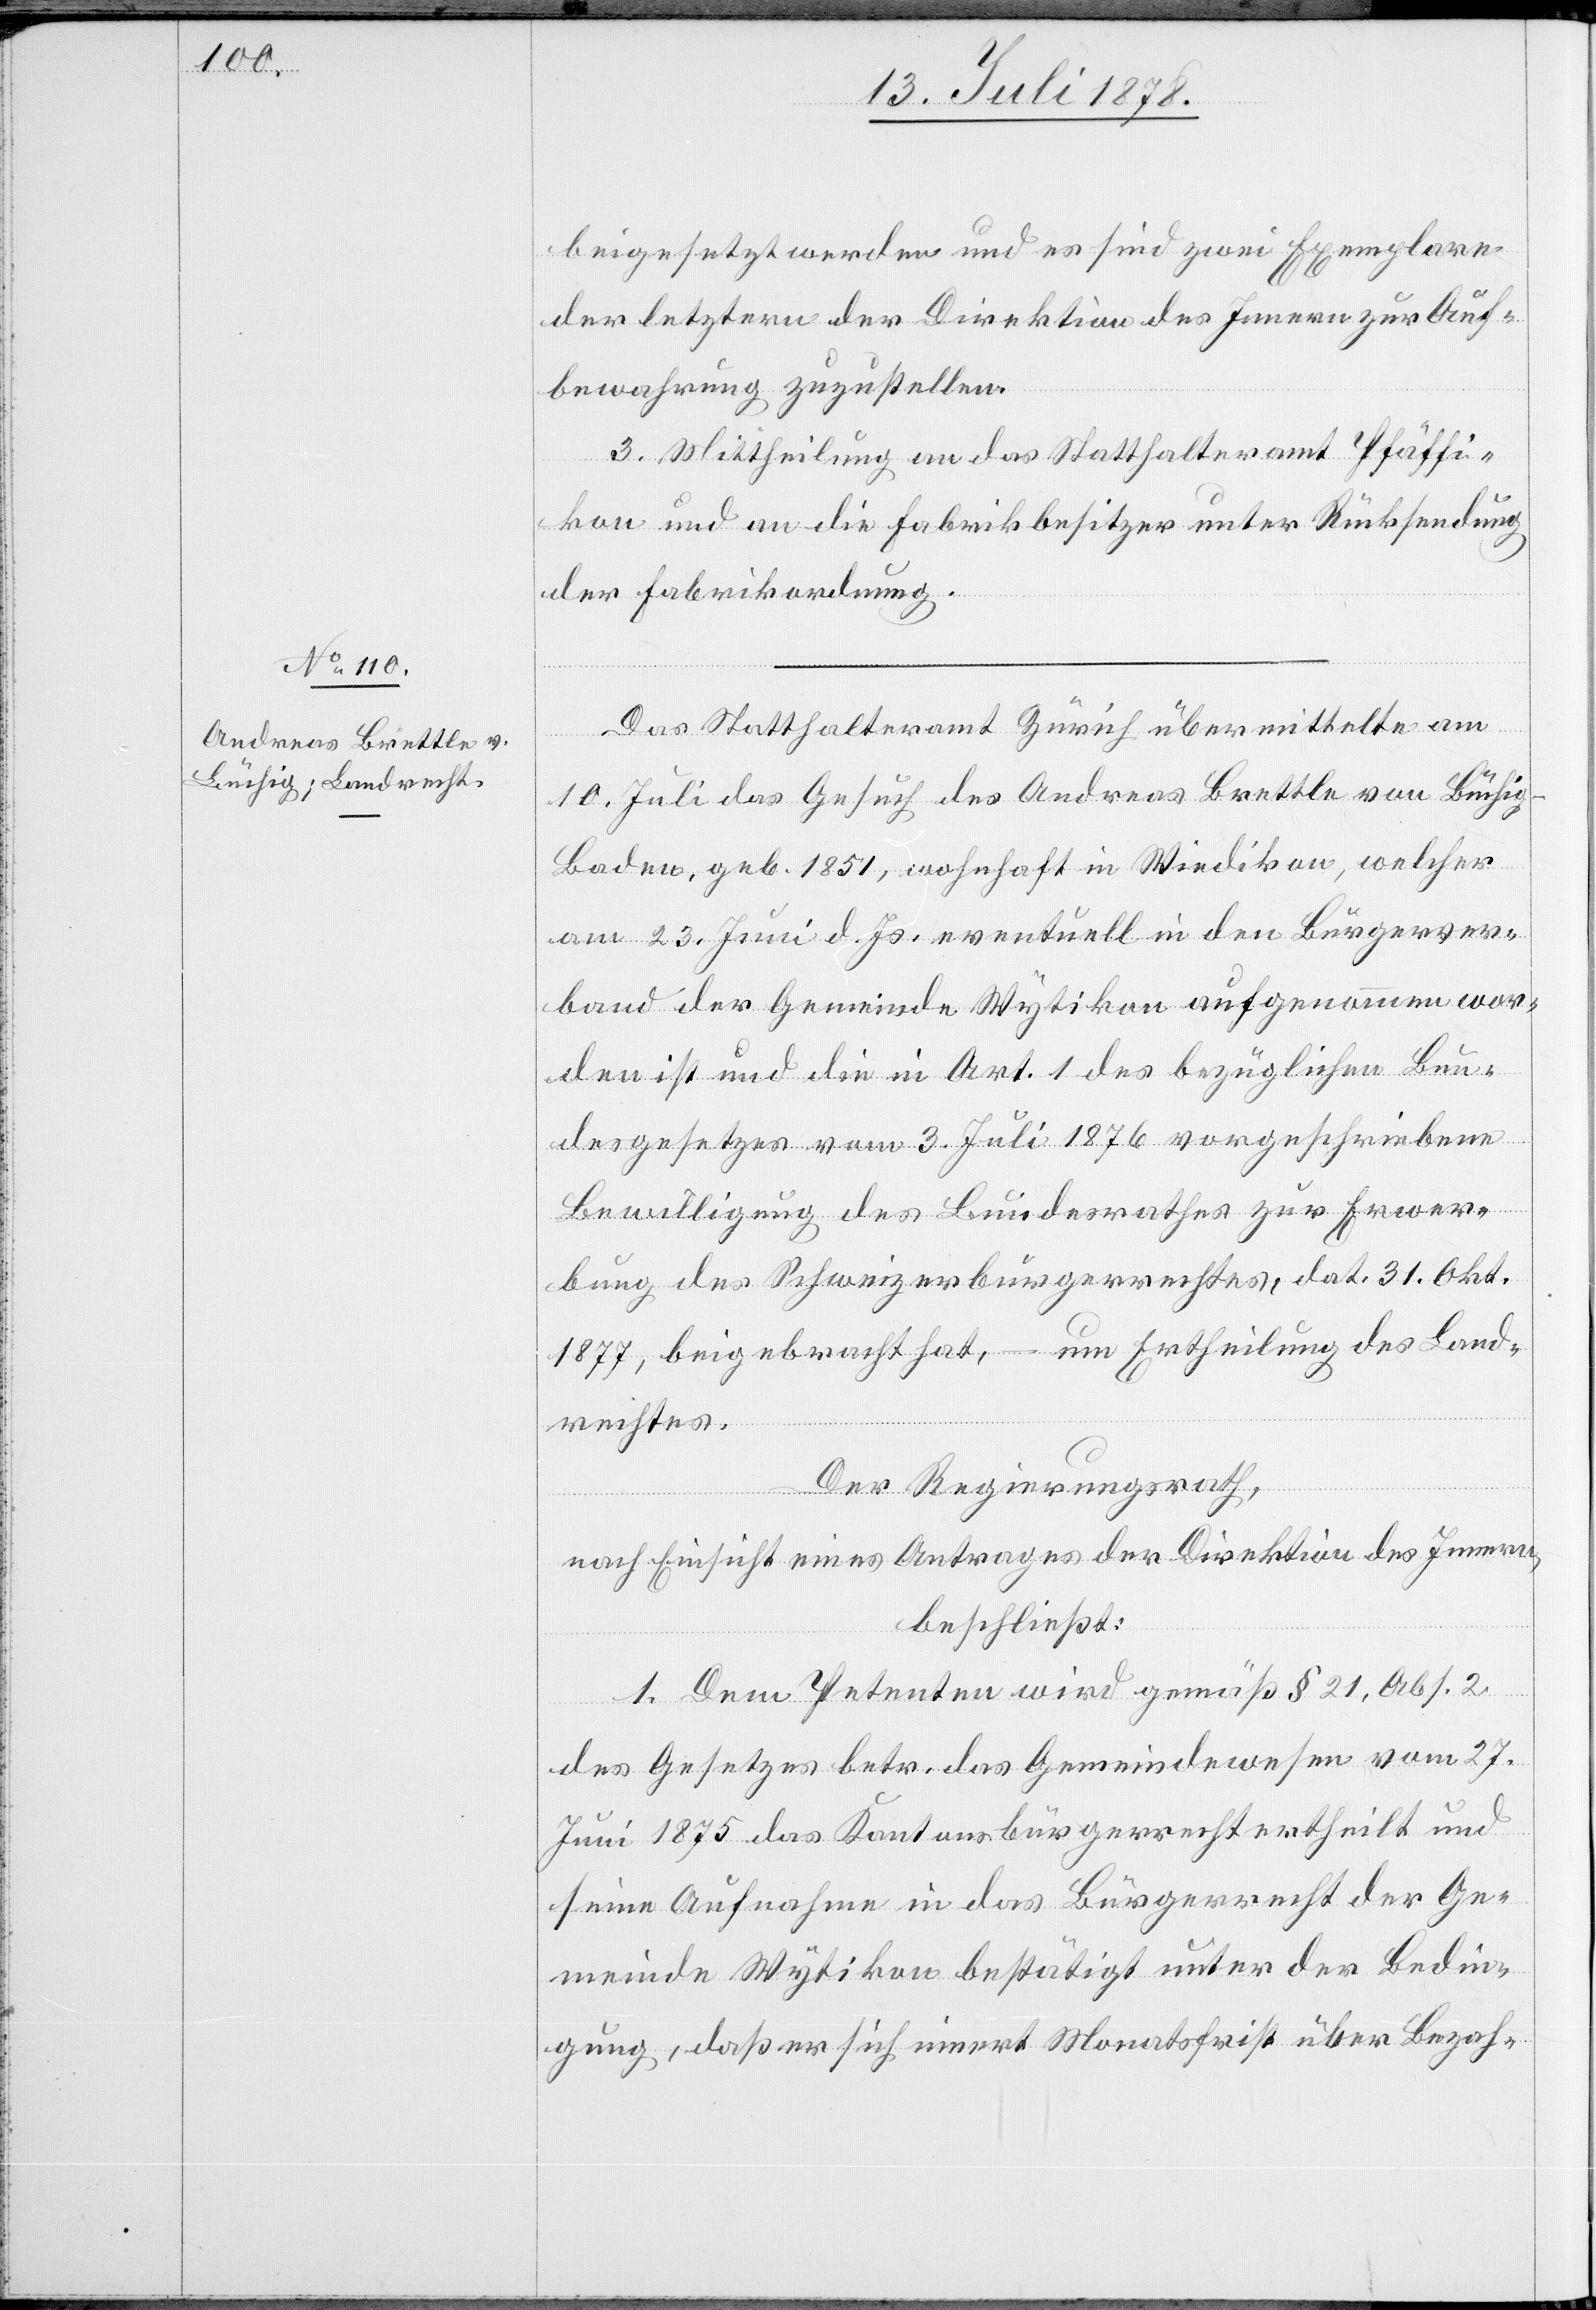
beigesetzt werden und es sind zwei Exemplare
der letztern der Direktion des Innern zur Auf¬
bewahrung zuzustellen.
3. Mittheilung an das Statthalteramt Pfäffi¬
kon und an die Fabrikbesitzer unter Rücksendung
der Fabrikordnung.
Das Statthalteramt Zürich übermittelte am
10. Juli das Gesuch des Andreas Brettle von Lüchig
Baden, geb. 1851, wohnhaft in Wiedikon, welcher
am 23. Juni d. Js. eventuell in den Bürgerver¬
band der Gemeinde Wytikon aufgenommen wor¬
den ist und die in Art. 1 des bezüglichen Bun¬
desgesetzes vom 3. Juli 1876 vorgeschriebene
Bewilligung des Bundesrathes zur Erwer¬
bung des Schweizerbürgerrechtes, dat. 31. Okt.
1877, beigebracht hat, – um Ertheilung des Land¬
rechtes.
Der Regierungsrath,
nach Einsicht eines Antrages der Direktion des Innern,
beschließt:
1. Dem Petenten wird gemäß § 21, Abs. 2
des Gesetzes betr. das Gemeindewesen vom 27.
Juni 1875 das Kantonsbürgerrecht ertheilt und
seine Aufnahme in das Bürgerrecht der Ge¬
meinde Wytikon bestätigt unter der Bedin¬
gung, daß er sich innert Monatsfrist über Bezah-